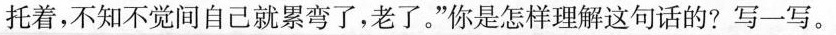
拖着，不知不觉间自己就累弯了，老了。”你是怎样理解这句话的？写一写